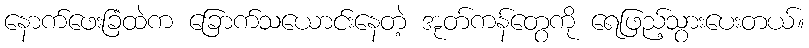
နောက်ဖေးခြံထဲက ခြောက်သယောင်းနေတဲ့ အုတ်ကန်တွေကို ရေဖြည့်သွားပေးတယ်။